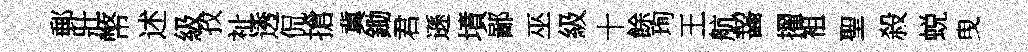
郵壯幣述級孜祉透侃搶冀鋤君遜墳鄙巫級十餘珣王航齧擢袓聖殺蜕曳